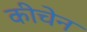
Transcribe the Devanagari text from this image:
कीचेन